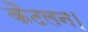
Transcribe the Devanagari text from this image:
कैटलन।